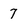
Character: 7